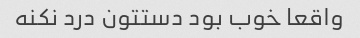
واقعا خوب بود دستتون درد نکنه